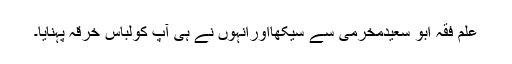
علم فقہ ابو سعیدمخرمی سے سیکھااوراِنہوں نے ہی آپ کولباس خرقہ پہنایا۔